Annual report of the Imperial Bacteriologist
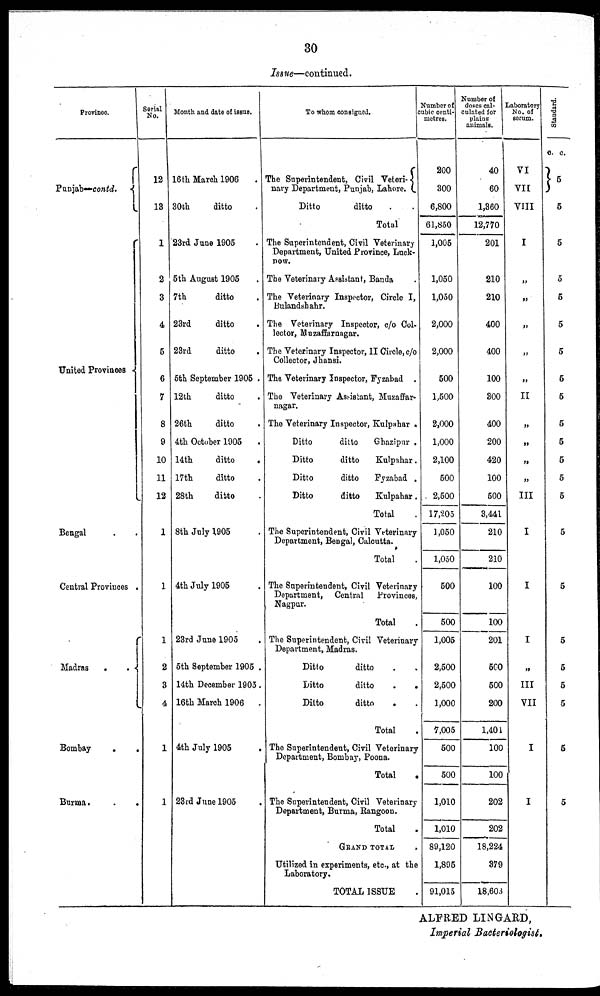
30
Issue—continued.
Province.
Punjab—contd. {
United Provinces {
Bengal . .
Central Provinces .
Madras . . {
Bombay
.
.
Burma . .
.
Serial
No.
12
13
1
2
3
4
5
6
7
8
9
10
11
12
1
1
1
2
3
4
1
1
Month and date of issue.
16 th March 1906
.
30th
ditto .
23rd June 1905 .
5 th August 1905 .
7th
ditto .
23rd
ditto .
23rd
ditto .
5th September 1905 .
12th
ditto .
26th
ditto .
4th October 1905 .
14th
ditto .
17th
ditto .
28th
ditto .
8th July 1905 .
4th July 1905 .
23rd June 1905 .
5th September 1905 .
14th December 1905.
16th March 1906 .
4th July 1905 .
23rd June 1905 .
To whom consigned.
The Superintendent, Civil Veteri {
nary Department, Punjab, Lahore.
Ditto
ditto . .
Total
The Superintendent, Civil Veterinary
Department, United Province, Luck-
now.
The Veterinary Assistant, Banda .
The Veterinary Inspector, Circle I,
Bulandshahr.
The Veterinary Inspector, c/o Col-
lector, Muzaffarnagar.
The Veterinary Inspector, II Circle, c/o
Collector, Jhansi.
The Veterinary Inspector, Fyzabad .
The Veterinary Assistant, Muzaffar-
nagar.
The Veterinary Inspector, Kulpahar .
Ditto
ditto
Ghazipur .
Ditto
ditto
Kulpahar .
Ditto
ditto
Fyzabad .
Ditto
ditto
Kulpahar.
Total .
The Superintendent, Civil Veterinary
Department, Bengal, Calcutta.
Total .
The Superintendent, Civil Veterinary
Department, Central Provinces,
Nagpur.
Total .
The Superintendent, Civil Veterinary
Department, Madras.
Ditto
ditto . .
Ditto
ditto
.
.
Ditto
ditto . .
Total .
The Superintendent, Civil Veterinary
Department, Bombay, Poona.
Total
.
The Superintendent, Civil Veterinary
Department, Burma, Rangoon.
Total
GRAND TOTAL .
Utilized in experiments, etc., at the
Laboratory.
TOTAL ISSUE .
Number of
cubic centi-
metres.
200
300
6,800
61,850
1,005
1,050
1,050
2,000
2,000
500
1,500
2,000
1,000
2,100
500
2,500
17,205
1,050
1,050
500
500
1,005
2,500
2,500
1,000
7,005
500
500
1,010
1,010
89,120
1,895
91,015
Number of
doses cal-
culated for
plains
animals.
40
60
1,360
12,770
201
210
210
400
400
100
300
400
200
420
100
500
3,441
210
210
100
100
201
500
500
200
1,401
100
100
202
202
18,224
379
18,603
Laboratory
No. of
serum.
VI
VII
VIII
I
„
„
„
„
„
II
„
„
„
„
III
I
I
I
„
III
VII
I
I
Standard.
c. c.
} 5
5
5
5
5
5
5
5
5
5
5
5
5
5
5
5
5
5
5
5
5
5
ALFRED LINGARD,
Imperial Bacteriologist.